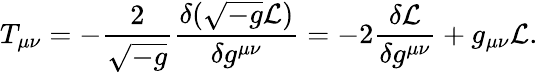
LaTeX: T_{\mu\nu}=-\frac{2}{\sqrt{-g}}\frac{\delta(\sqrt{-g}{\cal L})}{\delta g^{\mu\nu}}=-2\frac{\delta{\cal L}}{\delta g^{\mu\nu}}+g_{\mu\nu}{\cal L}.